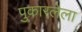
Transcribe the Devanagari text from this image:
पुकारलेला